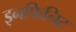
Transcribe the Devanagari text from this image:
इनफिनिट